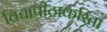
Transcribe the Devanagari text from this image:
विद्यापीठाकरिता